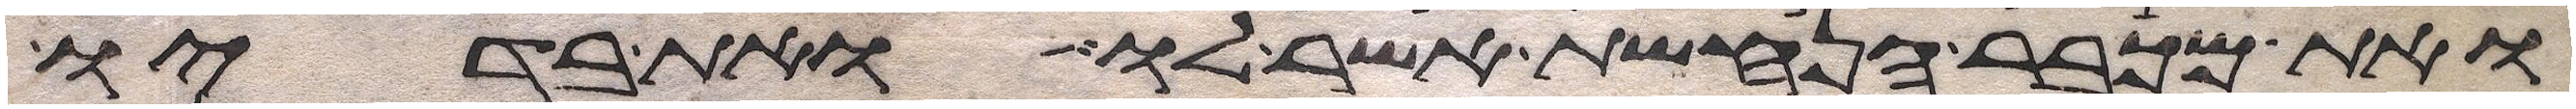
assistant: ואת מכבר הנחשת אשר לו ואת בדיו